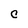
Character: c